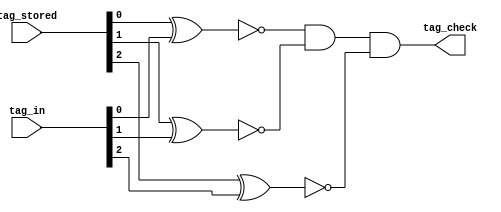
//E/16/078
//comparator to check if two 3 bit inputs are equal
//use to do tag comparison

 `timescale  1ns/100ps

module comparator (tag_stored,tag_in,tag_check);

	//port declaration
	input [2:0]tag_stored;
	input [2:0]tag_in;	
	output reg tag_check;
	
	//ports inside block
	//outputs of xnor
	reg check1;
	reg check2;
	reg check3;
	
	
	always @ (tag_stored,tag_in)
	begin
		
		#0.9 //tag comparison delay
		
		//get xnor of corresponding bits of two inputs
		check1 = ~(tag_stored[0] ^ tag_in[0]);
		check2 = ~(tag_stored[1] ^ tag_in[1]);
		check3 = ~(tag_stored[2] ^ tag_in[2]);
		
		//get AND of three xnor outputs
		tag_check = check1 && check2 && check3 ;
		
	end

endmodule